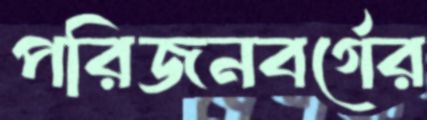
পরিজনবর্গের